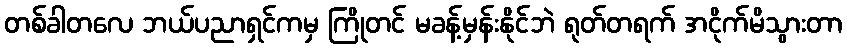
တစ်ခါတလေ ဘယ်ပညာရှင်ကမှ ကြိုတင် မခန့်မှန်းနိုင်ဘဲ ရုတ်တရက် အငိုက်မိသွားတာ